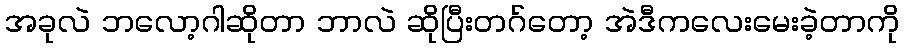
အခုလဲ ဘလော့ဂါဆိုတာ ဘာလဲ ဆိုပြီးတဂ်တော့ အဲဒီကလေးမေးခဲ့တာကို